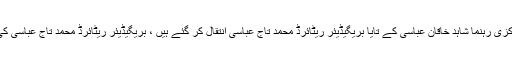
میڈیا رپورٹس کے مطابق سابق وزیراعظم اور مسلم لیگ ن کے مرکزی رہنما شاہد خاقان عباسی کے تایا بریگیڈیئر ریٹائرڈ محمد تاج عباسی انتقال کر گئے ہیں ، بریگیڈیئر ریٹائرڈ محمد تاج عباسی کی نماز جنازہ ان کے آبائی گاوَں اپر دیول مری میں ادا کی جائے گی۔